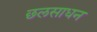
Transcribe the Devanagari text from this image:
छलसाधन